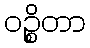
ဝဉ္စိတာ